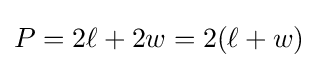
P=2\ell +2w=2(\ell +w)